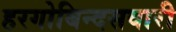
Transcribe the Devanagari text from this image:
हरगोबिन्दसवारी